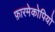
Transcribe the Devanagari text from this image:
फ़ारमेकोपियो